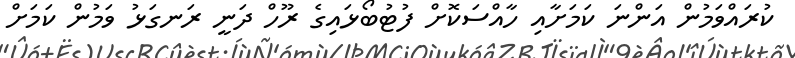
ކުރައްވަމުން އަންނަ ކަމަށާއި ހާއްސަކޮށް ފުޓުބޯޅައިގެ ރޫހް ދަނީ ރަނގަޅު ވަމުން ކަމަށް